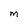
Character: M